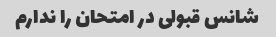
شانس قبولی در امتحان را ندارم